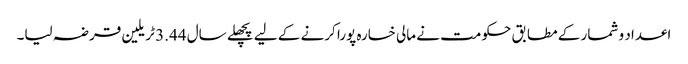
اعداد و شمار کے مطابق حکومت نے مالی خسارہ پورا کرنے کے لیے پچھلے سال 3.44 ٹریلین قرضہ لیا۔